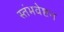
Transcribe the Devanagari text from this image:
स्तंभवेष्टन